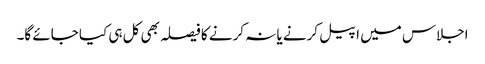
اجلاس میں اپیل کرنے یا نہ کرنے کا فیصلہ بھی کل ہی کیا جائے گا۔